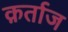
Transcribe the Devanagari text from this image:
क़र्ताज